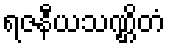
ရဇနီယသဏ္ဌိတံ